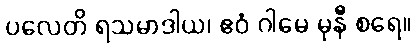
ပလေတိ ရသမာဒါယ၊ ဧဝံ ဂါမေ မုနီ စရေ။